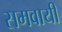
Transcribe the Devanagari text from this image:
समवायी